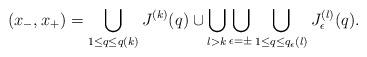
LaTeX: \begin{align*}(x_-,x_+) = \bigcup_{1 \leq q \leq q(k)} J^{(k)}(q)\cup\bigcup_{l>k}\bigcup_{\epsilon = \pm}\bigcup_{1\leq q \leq q_\epsilon(l)} J_\epsilon^{(l)}(q).\end{align*}